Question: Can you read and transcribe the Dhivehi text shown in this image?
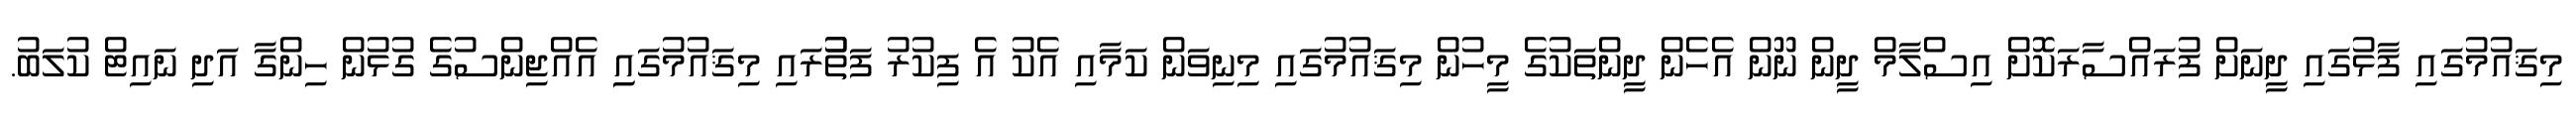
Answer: މިޤައުމުގައި ފާޅުގައި ދީނަށް ފުރައްސާރަކޮށް އިސްލާމް ދީން ނޫން އެހެން ދީންތަކުގެ މީހުން މިޤައުމުގައި މިނިވަން ކަމާއި އެކު އެ ފިކުރު ފަތުުރައި މިޤައުމުގައިި އެއްޖިންސުގެ ގުޅުން ހިންގާ އަދި ނައިޓް ކުލަބު.